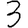
Digit: 3